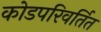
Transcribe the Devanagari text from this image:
कोडपरिवर्तित